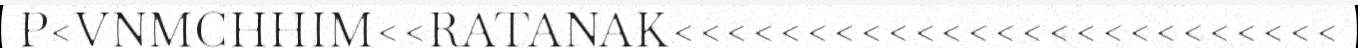
P<VNMCHHIM<<RATANAK<<<<<<<<<<<<<<<<<<<<<<<<<